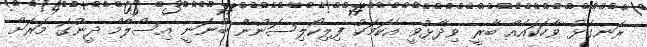
ރަނގަޅު ވާހަކައެއް ބާރީ ވިދާޅުވީ އެކަމަކު ފިލިކޯލިސަނުން ބުނަނީ އިސްލާމްް ދީނުގަ މަރަށް